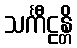
သင်္ကီဠန္တိ